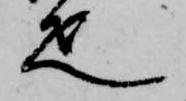
疋